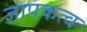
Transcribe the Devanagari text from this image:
ज्ञापकत्व